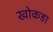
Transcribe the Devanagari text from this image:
खोकडा